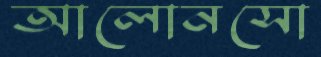
আলোনসো